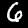
Digit: 6